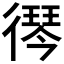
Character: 𮱾